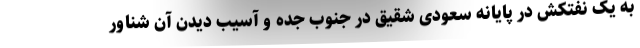
به یک نفتکش در پایانه سعودی شقیق در جنوب جده و آسیب دیدن آن شناور